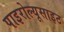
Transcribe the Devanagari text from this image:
पाइरोल्यूसाइट